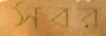
সবর